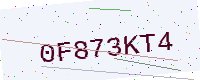
Text: 0F873KT4